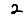
Digit: 2